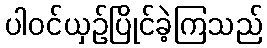
ပါဝင်ယှဉ်ပြိုင်ခဲ့ကြသည်